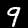
Digit: 9